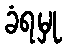
ခံရမှု